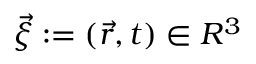
\vec { \xi } : = ( \vec { r } , t ) \in R ^ { 3 }